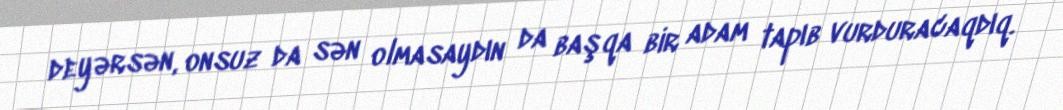
deyərsən, onsuz da sən olmasaydın da başqa bir adam tapıb vurduracaqdıq.